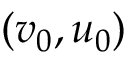
( v _ { 0 } , u _ { 0 } )